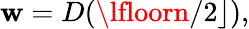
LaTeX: \mathbf{w}=D(\lfloorn/2\rfloor),